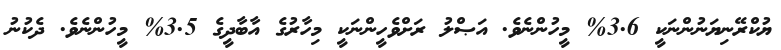
ޔުކްރޭނިޔަނުންނަކީ 3.6% މީހުންނެވެ. އަޞްލު ރަށްވެހީންނަކީ މިހާރުގެ އާބާދީގެ 3.5% މީހުންނެވެ. ދެކުނު